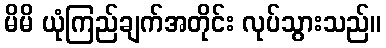
မိမိ ယုံကြည်ချက်အတိုင်း လုပ်သွားသည်။